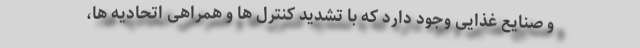
و صنایع غذایی وجود دارد که با تشدید کنترل ها و همراهی اتحادیه ها،